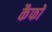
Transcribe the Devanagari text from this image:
कैफों